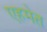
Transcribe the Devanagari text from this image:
एहमेत